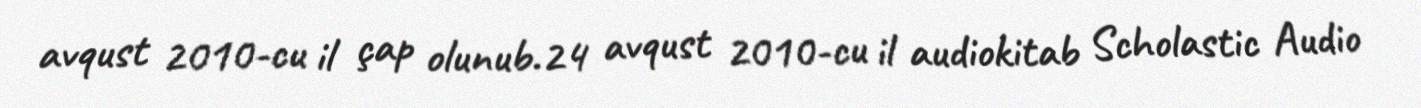
avqust 2010-cu il çap olunub.24 avqust 2010-cu il audiokitab Scholastic Audio